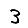
Digit: 3